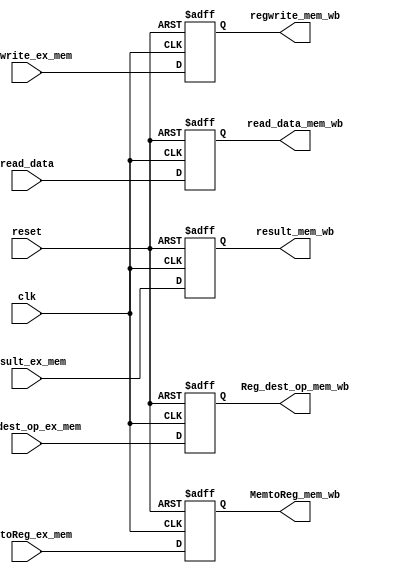
module mem_wb_pipe_reg(
	input [31:0]read_data, 
	input [31:0]result_ex_mem,
	input regwrite_ex_mem,MemtoReg_ex_mem,
	input [4:0] Reg_dest_op_ex_mem,
	input reset,clk,
	output reg regwrite_mem_wb, MemtoReg_mem_wb,
	output reg [31:0]read_data_mem_wb, 
	output reg [31:0]result_mem_wb,
	output reg [4:0]Reg_dest_op_mem_wb
    );

always@(posedge clk or negedge reset)
begin
	if(reset == 1'b0)
		begin
			regwrite_mem_wb = 0;
			MemtoReg_mem_wb = 0;
			read_data_mem_wb = 0;
			result_mem_wb = 0;
			Reg_dest_op_mem_wb = 0;
		end
	else
		begin
			regwrite_mem_wb = regwrite_ex_mem;
			MemtoReg_mem_wb = MemtoReg_ex_mem;
			read_data_mem_wb = read_data;
			result_mem_wb = result_ex_mem;
			Reg_dest_op_mem_wb = Reg_dest_op_ex_mem;
		end
end

endmodule